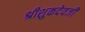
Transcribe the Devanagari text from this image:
श्रीशुकदेवजी